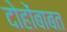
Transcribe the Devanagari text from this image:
दोहोंबाबत